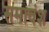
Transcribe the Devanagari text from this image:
समावंश